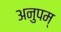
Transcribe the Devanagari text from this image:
अनुपम्